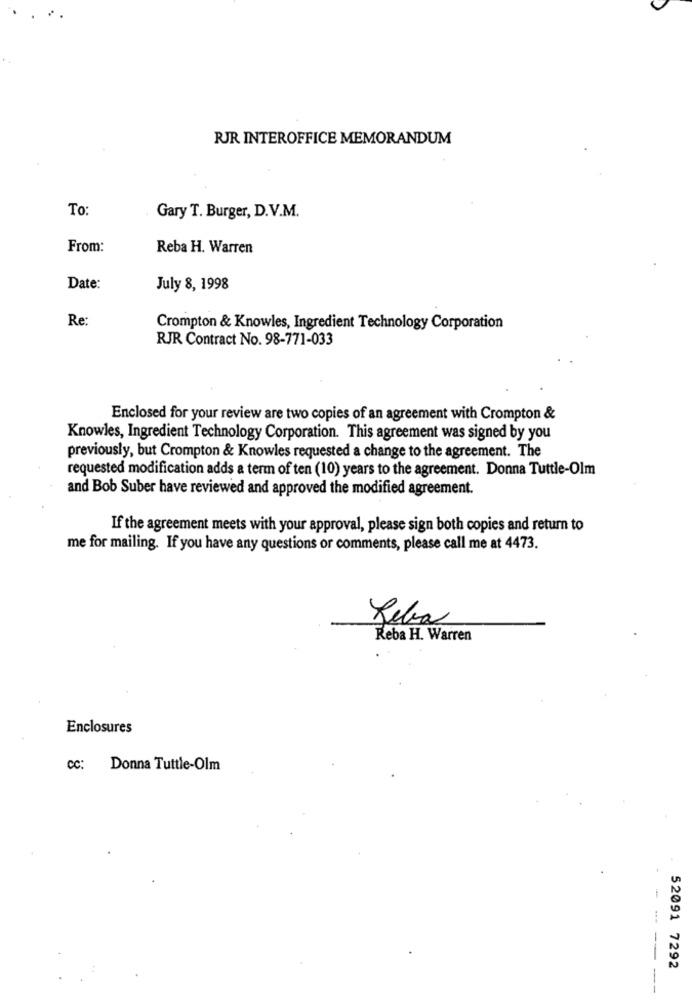
RJR INTEROFFICE MEMORANDUM
To
Gary T. Burger, D.V.M.
From:
Reba H. Warren
Date:
July 8, 1998
Re:
Crompton & Knowles, Ingredient Technology Corporation
RJR Contract No. 98-771-033
Enclosed for your review are two copies of an agreement with Crompton &
Knowles, Ingredient Technology Corporation. This agreement was signed by you
previously, but Crompton & Knowles requested a change to the agreement. The
requested modification adds a term of ten (10) years to the agreement. Donna Tuttle-Olm
and Bob Suber have reviewed and approved the modified agreement.
If the agreement meets with your approval, please sign both copies and return to
me for mailing. If you have any questions or comments, please call me at 4473.
Reba
Reba H. Warren
Enclosures
cc: Donna Tuttle-Olm
52091 7292